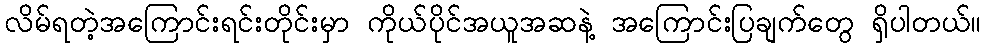
လိမ်ရတဲ့အကြောင်းရင်းတိုင်းမှာ ကိုယ်ပိုင်အယူအဆနဲ့ အကြောင်းပြချက်တွေ ရှိပါတယ်။